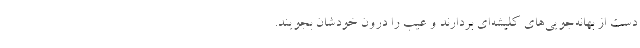
دست از بهانه‌جویی‌های کلیشه‌ای بردارند و عیب را درون خودشان بجویند.